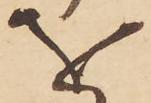
を